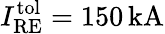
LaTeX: I_{\mathrm{RE}}^{\mathrm{tol}}=150\, \mathrm{kA}